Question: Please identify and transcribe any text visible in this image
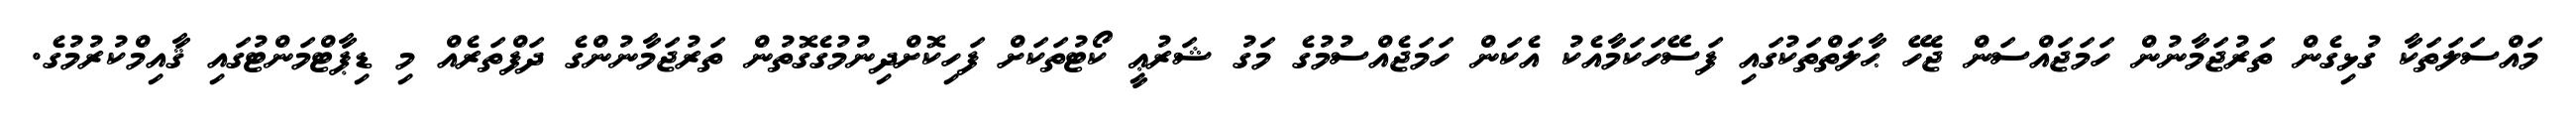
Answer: މައްސަލަތަކާ ގުޅިގެން ތަރުޖަމާނުން ހަމަޖައްސަން ޖެހޭ ޙާލަތްތަކުގައި ފަސޭހަކަމާއެކު އެކަން ހަމަޖެއްސުމުގެ މަގު ޝަރުޢީ ކޯޓުތަކަށް ފަހިކޮށްދިނުމުގެގޮތުން ތަރުޖަމާނުންގެ ދަފްތަރެއް މި ޑިޕާޓްމަންޓުގައި ޤާއިމްކުރުމުގެ.